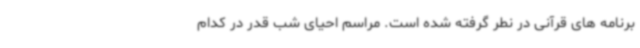
برنامه های قرآنی در نطر گرفته شده است. مراسم احیای شب قدر در کدام